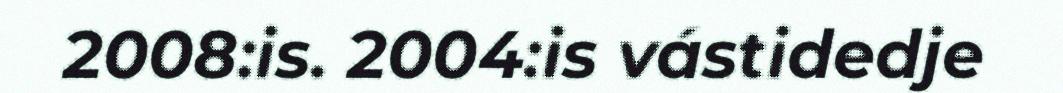
2008:is. 2004:is vástidedje